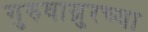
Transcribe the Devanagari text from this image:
गुरुवाय्रुरच्या